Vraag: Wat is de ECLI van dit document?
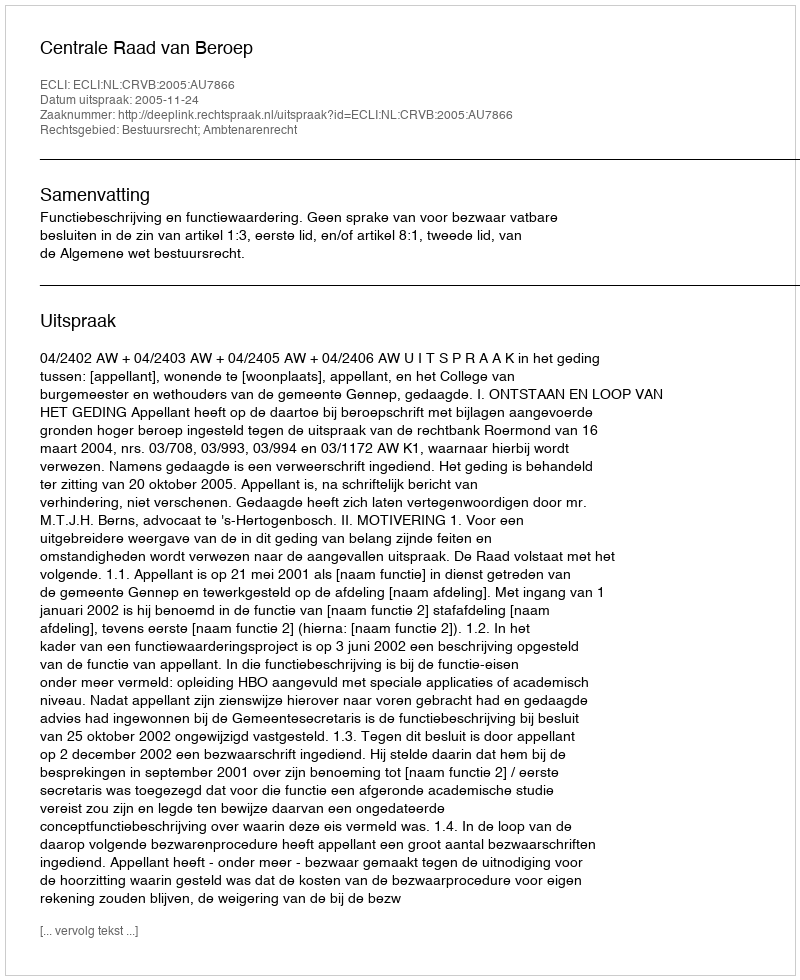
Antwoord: ECLI:NL:CRVB:2005:AU7866